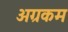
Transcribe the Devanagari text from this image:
अग्रकम